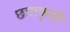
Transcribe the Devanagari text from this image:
छत्राकृती